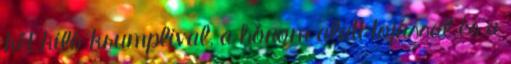
két kiló krumplival, a hónom alatt tojással és a